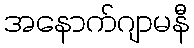
အနောက်ဂျာမနီ